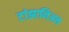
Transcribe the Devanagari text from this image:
टांझानिअन